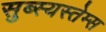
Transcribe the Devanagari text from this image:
सुब्स्यस्तेम्स